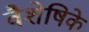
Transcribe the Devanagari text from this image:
वैशेषिके